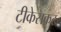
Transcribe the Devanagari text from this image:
टीकेसकट